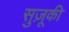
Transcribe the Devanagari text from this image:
सुज़ूकी